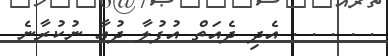
. . . . . އެދި ދެއަތް އުފުލާ ދުޢާ ނުކުރާނެ